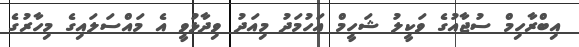
އިބްރާހިމް ސުޖާއުގެ ވަކީލު ޝަހީމް އަހުމަދު މިއަދު ވިދާޅުވީ އެ މައްސަލައިގެ މިހާރުގެ